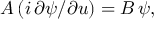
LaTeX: A \, ( i \, \partial \psi / \partial u ) = B \, \psi ,